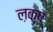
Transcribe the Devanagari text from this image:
ल़क्ष